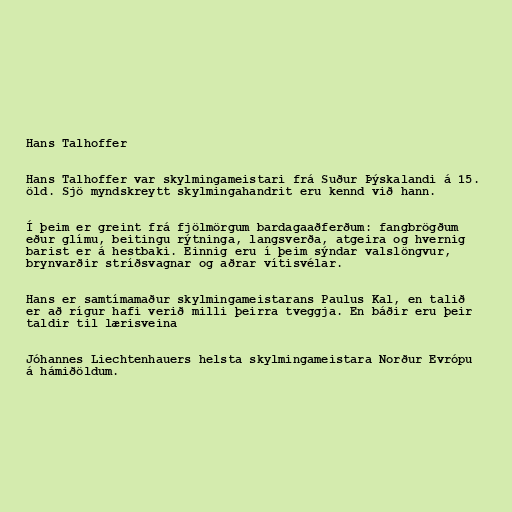
Hans Talhoffer

Hans Talhoffer var skylmingameistari frá Suður Þýskalandi á 15.
öld. Sjö myndskreytt skylmingahandrit eru kennd við hann.

Í þeim er greint frá fjölmörgum bardagaaðferðum: fangbrögðum
eður glímu, beitingu rýtninga, langsverða, atgeira og hvernig
barist er á hestbaki. Einnig eru í þeim sýndar valslöngvur,
brynvarðir stríðsvagnar og aðrar vítisvélar.

Hans er samtímamaður skylmingameistarans Paulus Kal, en talið
er að rígur hafi verið milli þeirra tveggja. En báðir eru þeir
taldir til lærisveina

Jóhannes Liechtenhauers helsta skylmingameistara Norður Evrópu
á hámiðöldum.